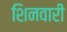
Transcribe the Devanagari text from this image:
शिनवारी